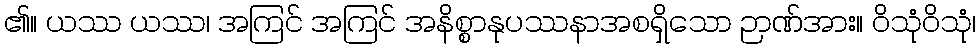
၏။ ယဿ ယဿ၊ အကြင် အကြင် အနိစ္စာနုပဿနာအစရှိသော ဉာဏ်အား။ ဝိသုံဝိသုံ၊